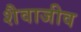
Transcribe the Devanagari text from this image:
शैवाजीव